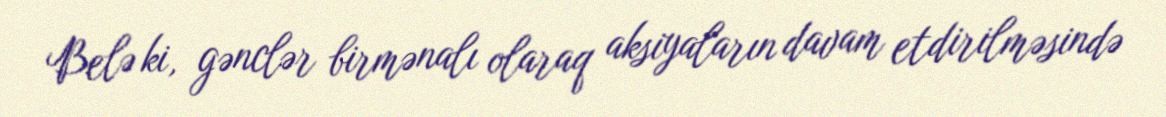
Belə ki, gənclər birmənalı olaraq aksiyaların davam etdirilməsində